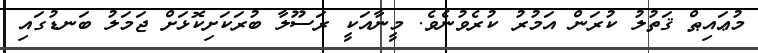
މުޢައިޠް ޤަތުލު ކުރަން އަމުރު ކުރެވުނެވެ. މީނާއަކީ ރަސޫލާ ބުރަކަށިކޮޅަށް ޖަމަލު ބަނޑުގައި